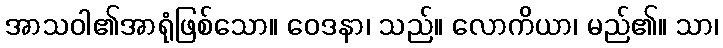
အာသဝါ၏အာရုံဖြစ်သော။ ဝေဒနာ၊ သည်။ လောကိယာ၊ မည်၏။ သာ၊